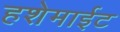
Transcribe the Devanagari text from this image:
हशेमाईट